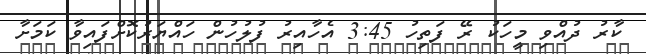
ކާރު ދުއްވި މީހަކު ރޭ ފަތިހު 3:45 އެހާއިރު ފުލުހުން ހައްޔަރުކޮށްފައިވާ ކަމަށާ